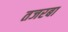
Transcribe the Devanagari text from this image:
तजरबा